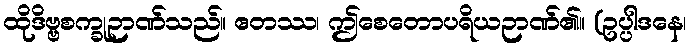
ထိုဒိဗ္ဗစက္ခုဉာဏ်သည်။ ဧတဿ၊ ဤစေတောပရိယဉာဏ်၏။ (ဥပ္ပါဒနေ၊